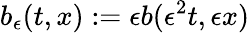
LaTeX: b_{\epsilon}(t,x):=\epsilon b(\epsilon^{2}t,\epsilon x)